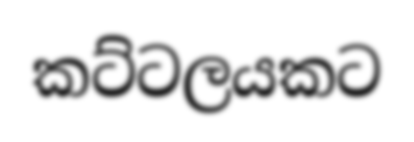
කට්ටලයකට